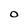
Character: O